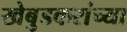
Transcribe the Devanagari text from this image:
खेबुडकरांच्या